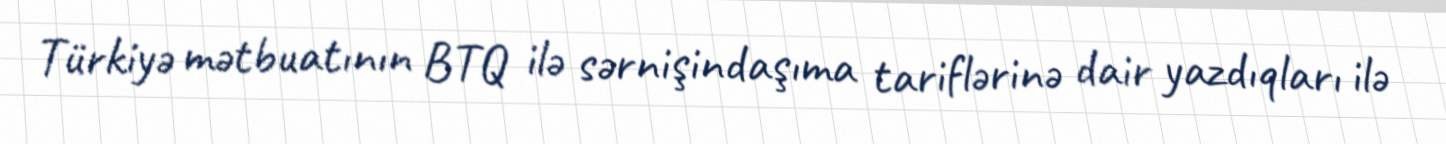
Türkiyə mətbuatının BTQ ilə sərnişindaşıma tariflərinə dair yazdıqları ilə